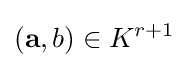
({\textbf {a}},b)\in K^{r+1}